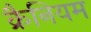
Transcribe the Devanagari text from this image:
क्रैनियम